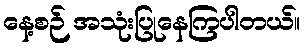
နေ့စဉ် အသုံးပြုနေကြပါတယ်။